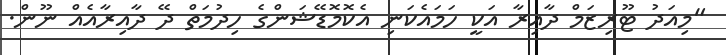
"މިއަދު ޓޫރިޒަމް ދާއިރާ އަކީ ހަމައެކަނި އެކޮމޮޑޭޝަންގެ ހިދުމަތް ދޭ ދާއިރާއެއް ނޫން.